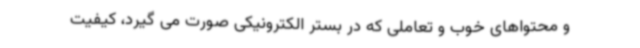
و محتواهای خوب و تعاملی که در بستر الکترونیکی صورت می گیرد، کیفیت